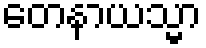
တေနာယသ္မာ